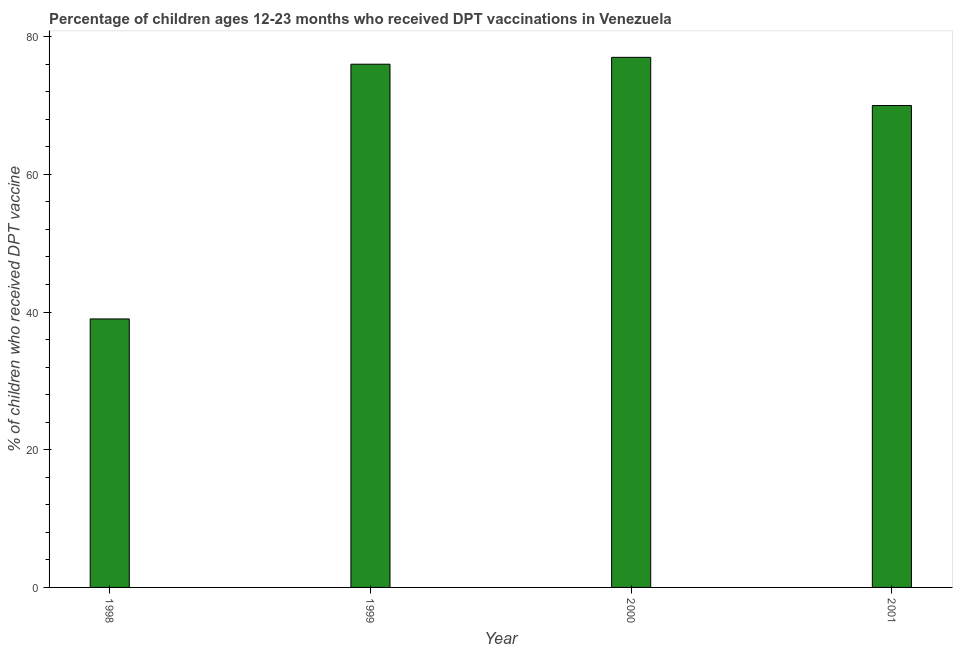
| Year | Immunization |
 | --- | --- |
 | 1998 | 39 |
 | 1999 | 76 |
 | 2000 | 77 |
 | 2001 | 70 |